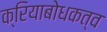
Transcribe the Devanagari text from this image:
क्रियाबोधकत्व